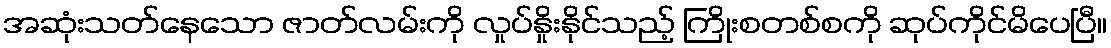
အဆုံးသတ်နေသော ဇာတ်လမ်းကို လှုပ်နှိုးနိုင်သည့် ကြိုးစတစ်စကို ဆုပ်ကိုင်မိပေပြီ။